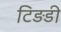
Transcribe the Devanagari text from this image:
टिड़डी